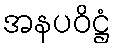
အနပဝိဋ္ဌံ